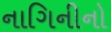
નાગિનીનો